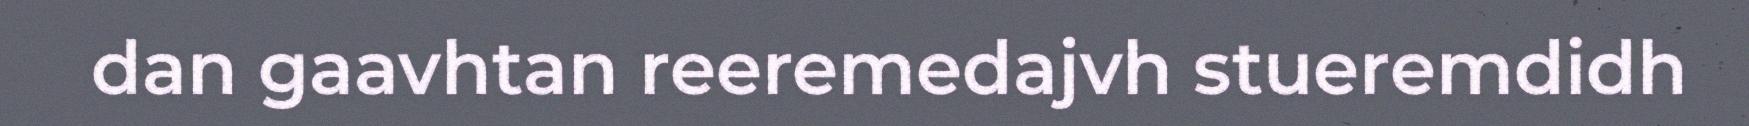
dan gaavhtan reeremedajvh stueremdidh